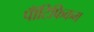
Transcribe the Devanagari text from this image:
पॉँटिफिकम